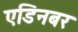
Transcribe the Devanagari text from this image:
एडिनबर